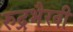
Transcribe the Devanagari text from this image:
रुद्रभैरवी